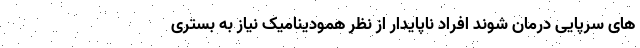
های سرپایی درمان شوند افراد ناپایدار از نظر همودینامیک نیاز به بستری